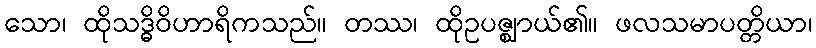
သော၊ ထိုသဒ္ဓိဝိဟာရိကသည်။ တဿ၊ ထိုဥပဇ္ဈာယ်၏။ ဖလသမာပတ္တိယာ၊